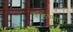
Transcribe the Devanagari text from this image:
कलण्याने